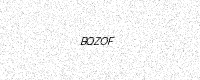
Text: BQZOF